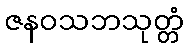
ဇနဝသဘသုတ္တံ